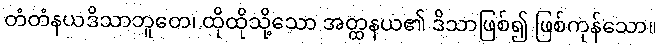
တံတံနယဒိသာဘူတေ၊ ထိုထိုသို့သော အတ္ထနယ၏ ဒိသာဖြစ်၍ ဖြစ်ကုန်သော။